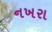
નખરા